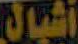
أشبال